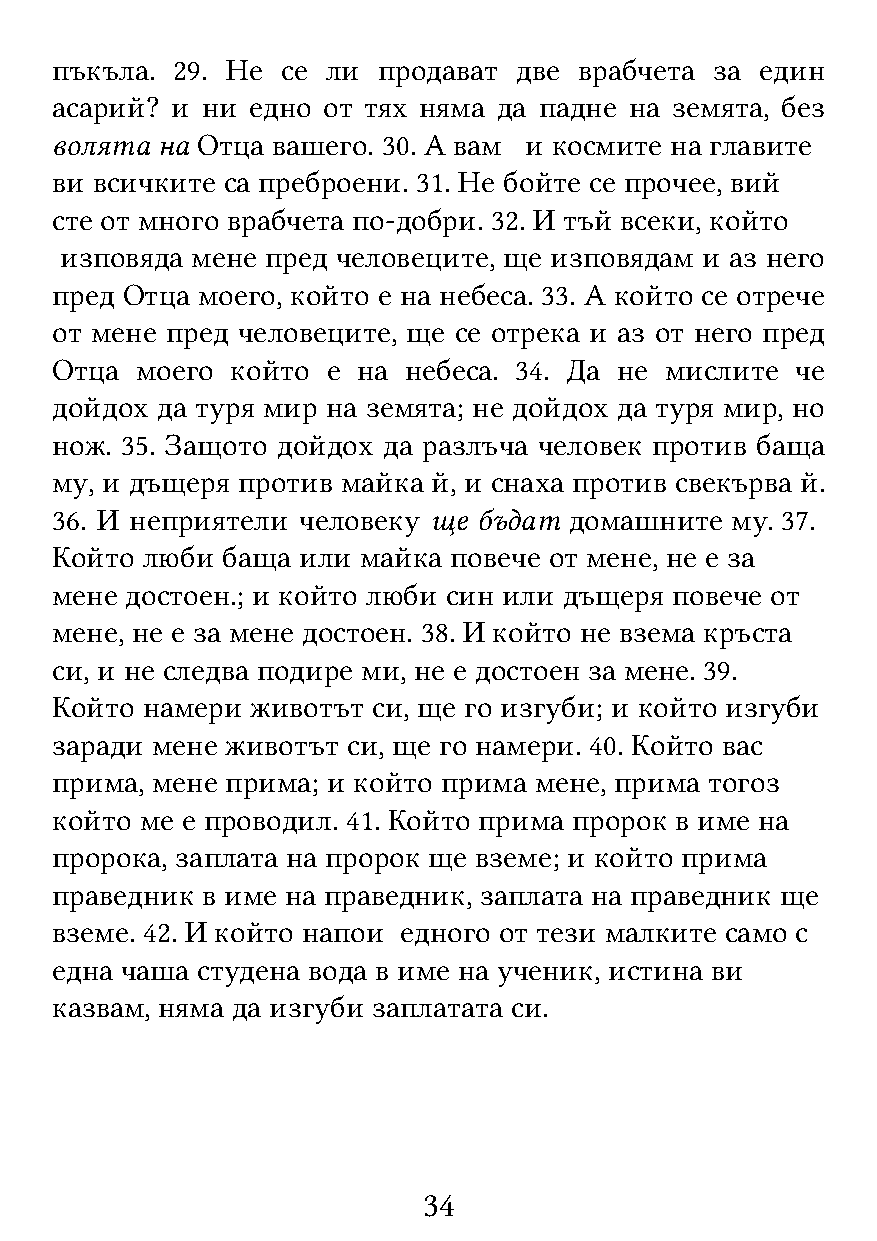
пъкъла. 29. Не  се ли продават две врабчета за един
 асарий? и ни едно от тях няма да падне на земята, без
 волята на Отца вашего. 30. А вам и космите на главите
 ви всичките са преброени. 31. Не бойте се прочее, вий
 сте от много врабчета по-добри. 32. И тъй всеки, който
 изповяда мене пред человеците, ще изповядам и аз него
 пред Отца моего, който е на небеса. 33. А който се отрече
 от мене пред человеците, ще се отрека и аз от него пред
 Отца  моего който  е на небеса. 34. Да не мислите че
 дойдох да туря мир на земята; не дойдох да туря мир, но
 нож. 35. Защото дойдох да разлъча человек против баща
 му, и дъщеря против майка й, и снаха против свекърва й.
 36. И неприятели человеку ще бъдат домашните му. 37.
 Който люби  баща или майка повече от мене, не е за
 мене достоен.; и който люби син или дъщеря повече от
 мене, не е за мене достоен. 38. И който не взема кръста
 си, и не следва подире ми, не е достоен за мене. 39.
 Който намери  животът си, ще го изгуби; и който изгуби
 заради мене животът си, ще го намери. 40. Който вас
 прима, мене прима; и който прима мене, прима тогоз
 който ме е проводил. 41. Който прима пророк в име на
 пророка, заплата на пророк ще вземе; и който прима
 праведник в име на праведник, заплата на праведник ще
 вземе. 42. И който напои едного от тези малките само с
 една чаша студена вода в име на ученик, истина ви
 казвам, няма да изгуби заплатата си.
 34